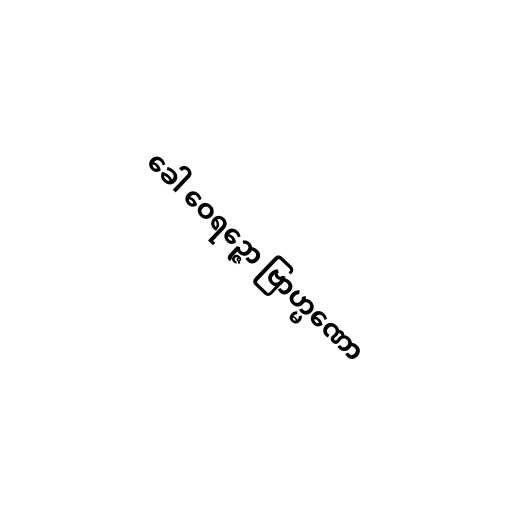
ခေါ ဝေရဉ္ဇော ဗြာဟ္မဏော